Note on the mental hospitals in Burma - 1925-1940
Year: 1925
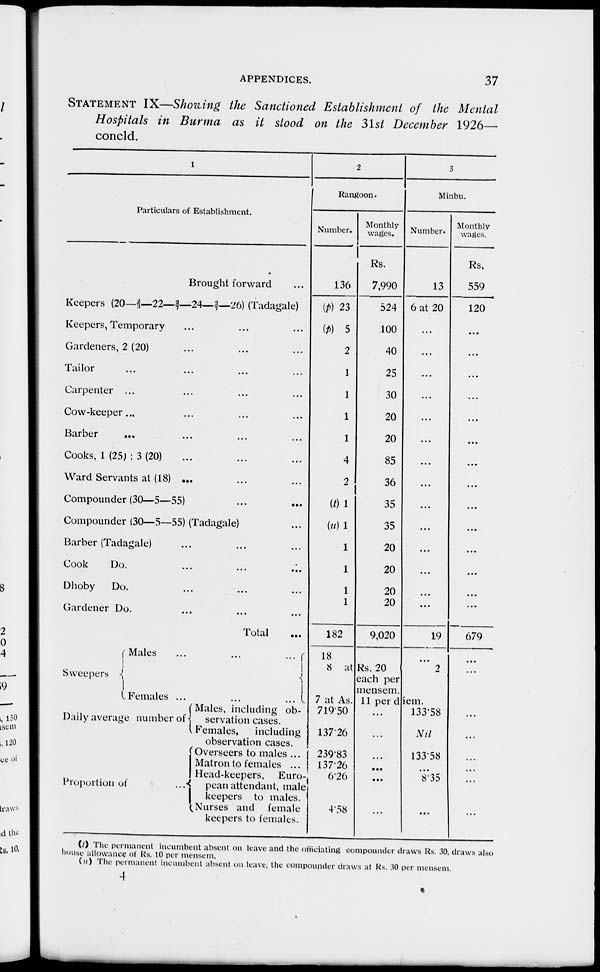
APPENDICES.
37
STATEMENT IX—Showing the Sanctioned Establishment of the Mental
Hospitals in Burma as it stood on the 31st December 1926—
concld.
1
Particulars of Establishment.
Brought forward ...
Keepers (20—⅔—22—2/7—24— 2/7—26) (Tadagale)
Keepers, Temporary ... ... ...
Gardeners, 2 (20) ... ... ...
Tailor ... ... ... ...
Carpenter ... ... ... ...
Cow-keeper... ... ... ...
Barber
... ... ... ...
Cooks, 1 (25) ; 3 (20) ... ... ...
Ward Servants at (18) ... ... ...
Compounder (30—5—55)
...
...
...
Compounder (30—5—55) (Tadagale) ...
Barber (Tadagale) ... ... ...
Cook
Do. ... ... ...
Dhoby
Do. ... ... ...
Gardener Do. ... ... ...
Total ...
2
Rangoon.
Number.
136
(p) 23
(p)
5
2
1
1
1
1
4
2
(t) 1
(u)1
1
1
1
1
182
Monthly
wages.
Rs.
7,990
524
100
40
25
30
20
20
85
36
35
35
20
20
20
20
9,020
3
Minbu.
Number.
13
6 at 20
...
...
...
...
...
...
...
...
...
...
...
...
...
...
19
Monthly
wages.
Rs.
559
120
...
...
...
...
...
...
...
...
...
...
...
...
...
...
679
Sweepers
Males
...
... ...
Females ...
...
...
Daily average number of
Proportion of ...
Males, including ob-
servation cases.
Females,
including
observation cases.
Overseers to males ...
Matron to females ...
Head-keepers, Euro-
pean attendant, male
keepers to males.
Nurses and female
keepers to females.
18
8 at
7 at As.
719.50
137.26
239.83
137.26
6.26
4.58
Rs. 20
each per
mensem.
...
2
11 per diem.
...
...
...
...
...
...
133.58
Nil
133.58
...
8.35
...
...
...
...
...
...
...
...
(l) The permanent incumbent absent on leave and the officiating compounder draws Rs. 30. draws also
house allowance of Rs. 10 per mensem.
(n) The permanent incumbent absent on leave, the compounder draws at Rs. 30 per mensem.
4